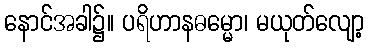
နောင်အခါ၌။ ပရိဟာနဓမ္မော၊ မယုတ်လျော့